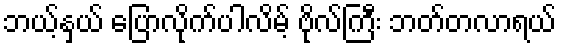
ဘယ့်နှယ် ပြောလိုက်ပါလိမ့် ဗိုလ်ကြီး ဘတ်တလာရယ်